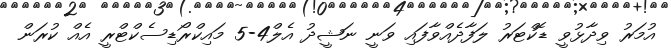
އުމަރު ވިދާޅުވީ ޑޮކްޓަރު ލަފާދެއްވާފައި ވަނީ ނަޝީދު އެލް4-5 މައިކްރޯޑިސެކްޓްރީ އެއް ކުރަން